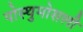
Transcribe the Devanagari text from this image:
पोस्थुमोसली